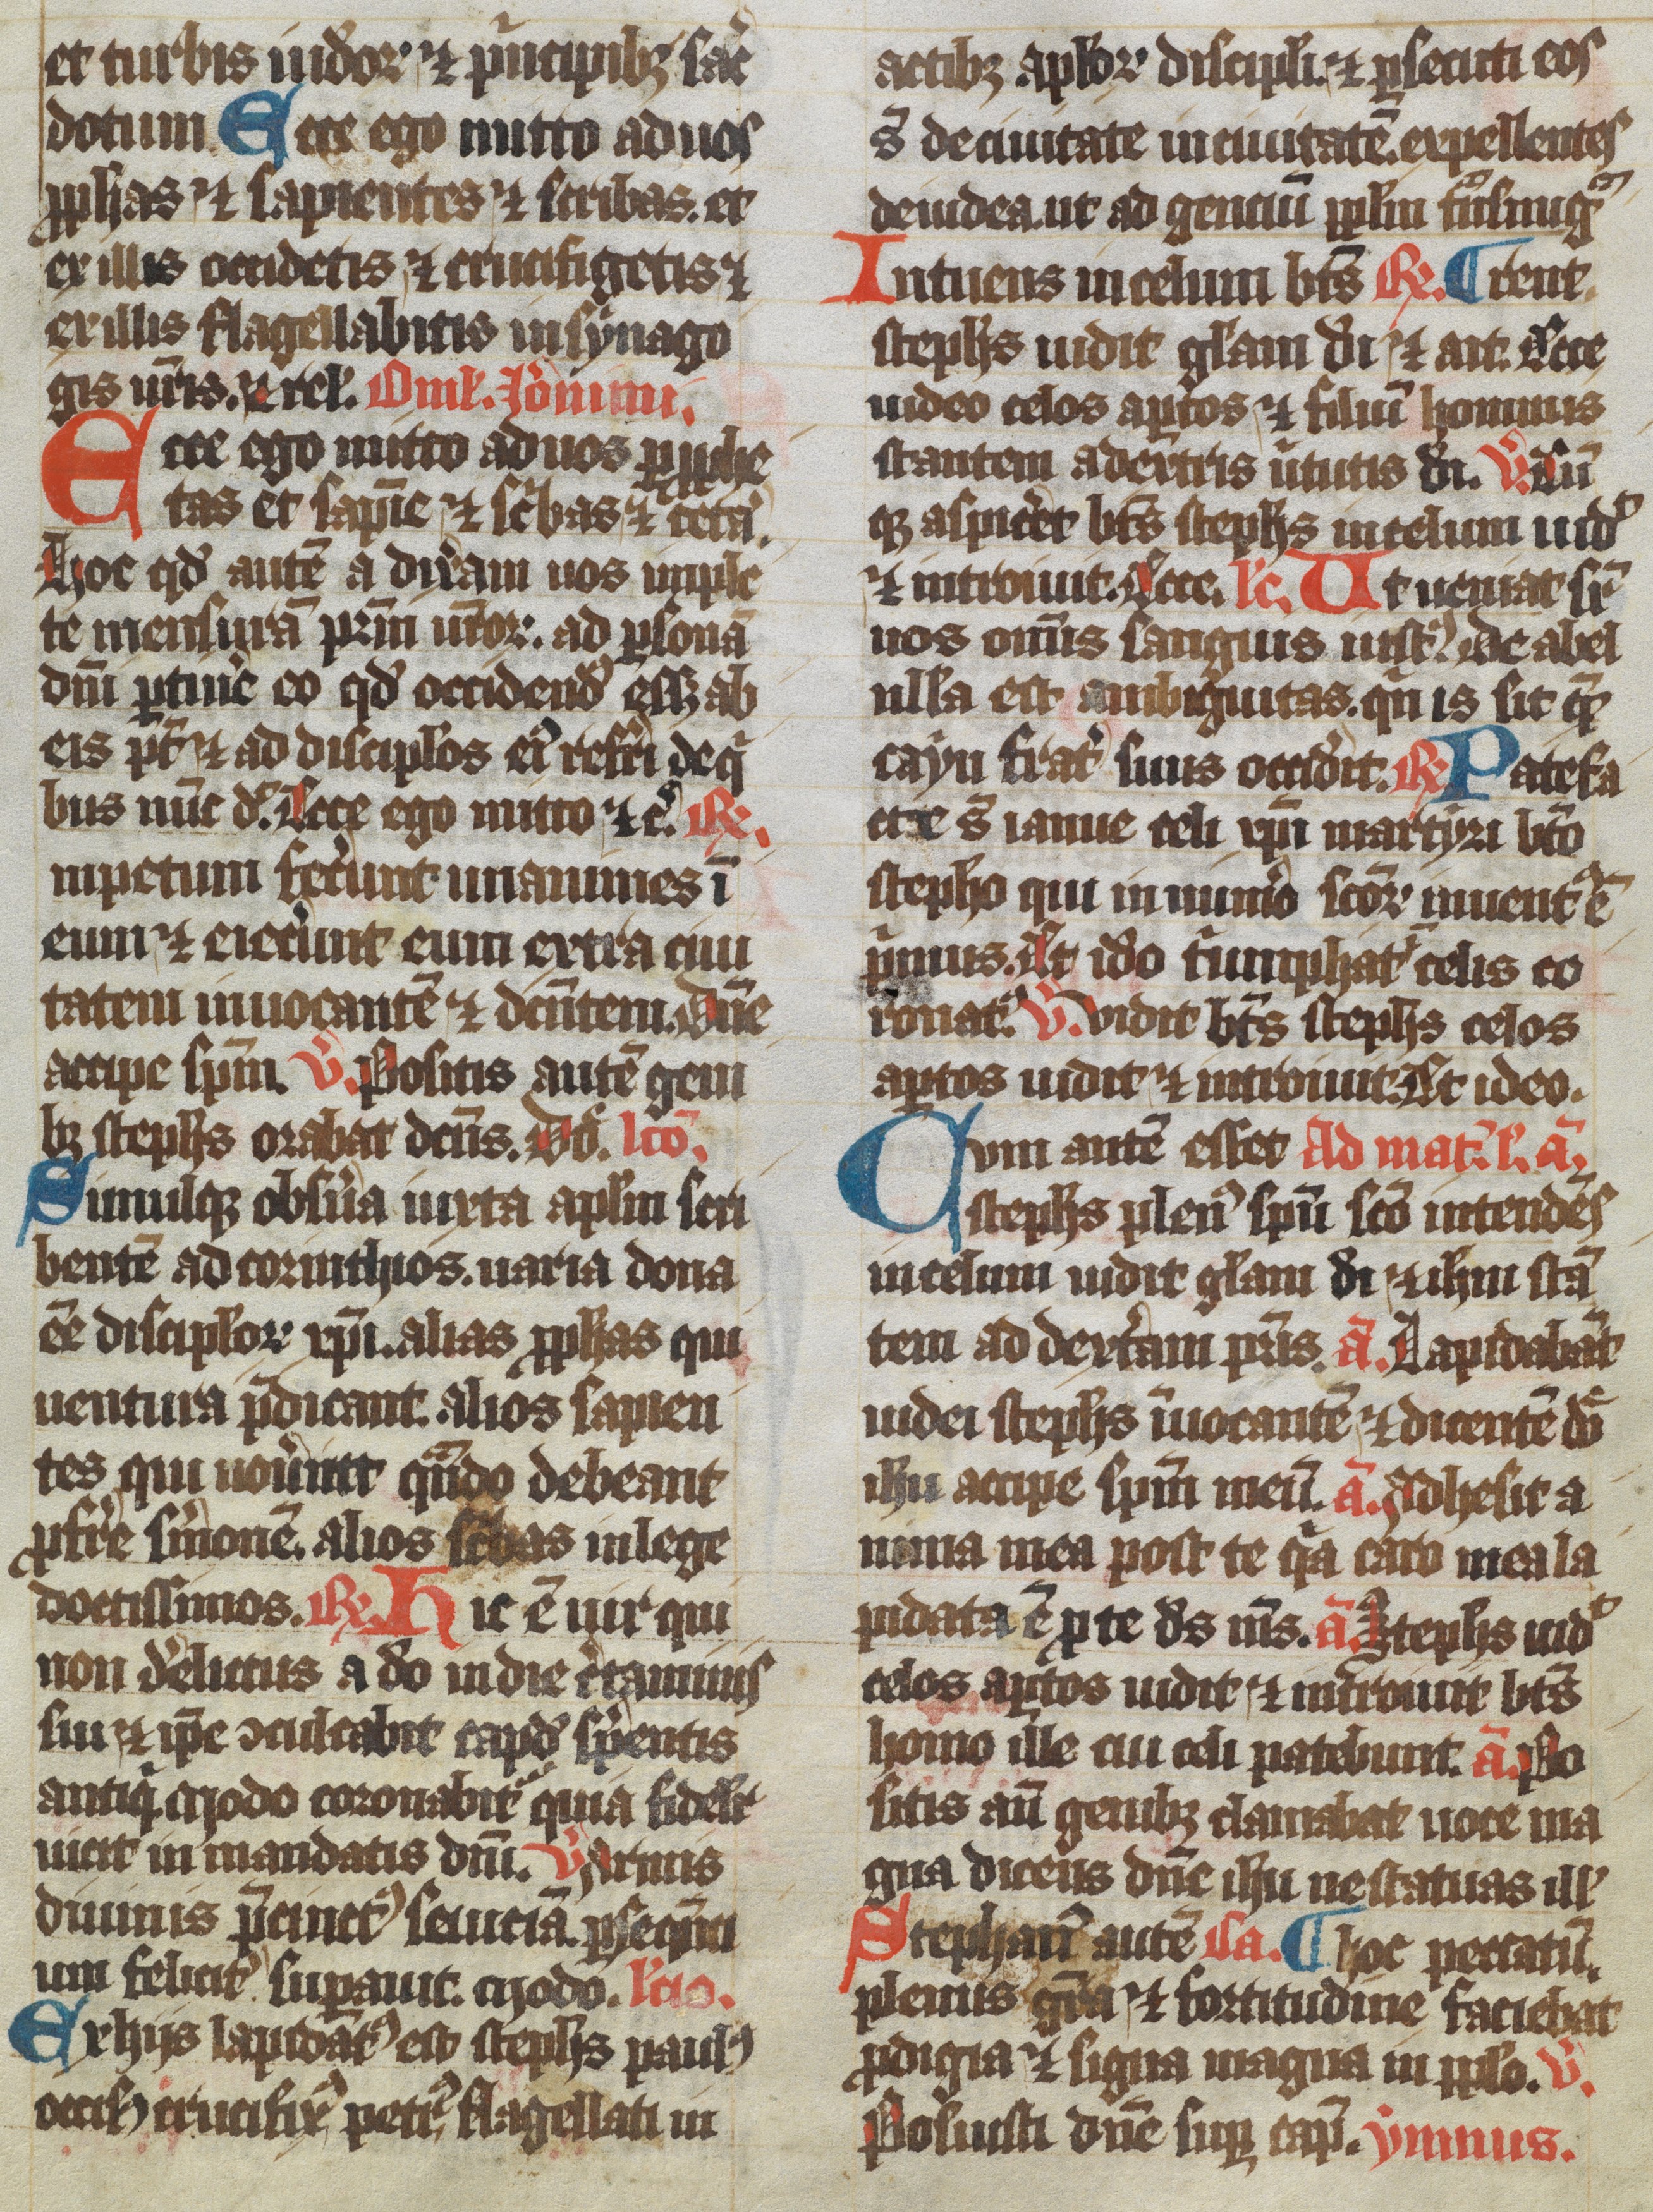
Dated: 1350–1399